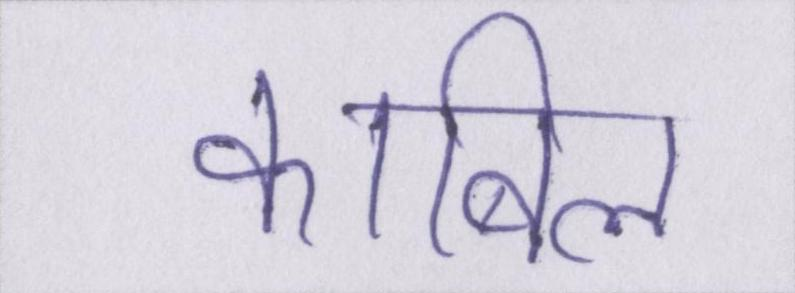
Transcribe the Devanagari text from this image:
काबिल